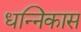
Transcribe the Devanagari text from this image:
धन्निकास